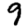
Digit: 9